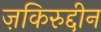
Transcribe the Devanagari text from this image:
ज़किरुद्दीन